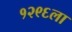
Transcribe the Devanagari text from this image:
१२९६ला